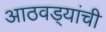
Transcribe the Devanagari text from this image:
आठवड्यांची